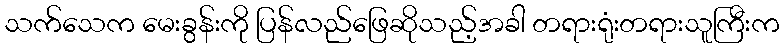
သက်သေက မေးခွန်းကို ပြန်လည်ဖြေဆိုသည့်အခါ တရားရုံးတရားသူကြီးက